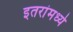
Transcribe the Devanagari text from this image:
इतरांमध्ये